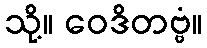
သို့။ ဝေဒိတဗ္ဗံ။